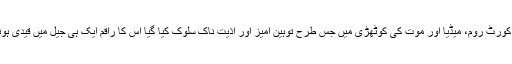
انکے ساتھ پھانسی سے پہلے کورٹ روم، میڈیا اور موت کی کوٹھڑی میں جس طرح توہین آمیز اور اذیت ناک سلوک کیا گیا اس کا راقم ایک ہی جیل میں قیدی ہونے کے ناطے عینی شاہد ہے۔